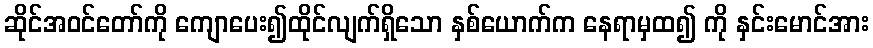
ဆိုင်အဝင်တော်ကို ကျောပေး၍ထိုင်လျက်ရှိသော နှစ်ယောက်က နေရာမှထ၍ ကို နှင်းမောင်အား